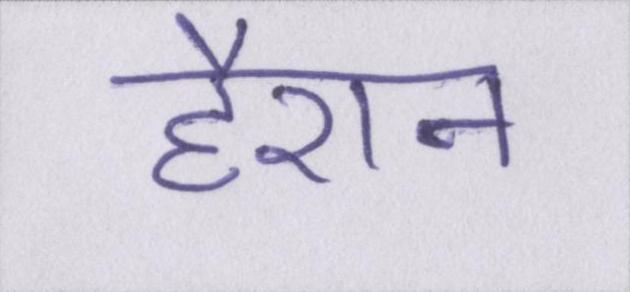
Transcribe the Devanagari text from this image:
हैरान